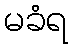
မခံရ